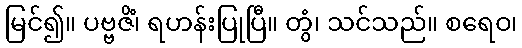
မြင်၍။ ပဗ္ဗဇိံ၊ ရဟန်းပြုပြီ။ တွံ၊ သင်သည်။ စရေဝ၊